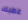
غضبك